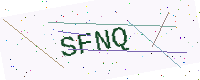
Text: SFNQ